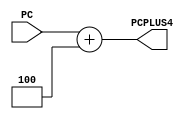
module PCPLUS4(PC,PCPLUS4);
    input[31:0] PC;
    output[31:0] PCPLUS4;

    assign PCPLUS4 = PC + 4;
endmodule